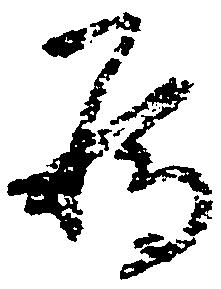
為